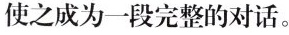
使之成为一段完整的对话. ？